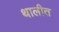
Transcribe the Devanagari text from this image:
थालीत